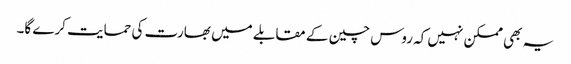
یہ بھی ممکن نہیں کہ روس چین کے مقابلے میں بھارت کی حمایت کرے گا۔